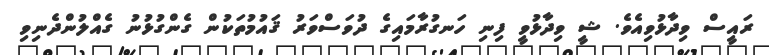
ރައީސް ވިދާޅުވިއެވެ. ޝީ ވިދާޅުވީ ފިނި ހަނގުރާމައިގެ ދުވަސްވަރު ޤައުމުތަކުން ގެންގުޅުނު ގެއްލުންދެނިވި